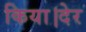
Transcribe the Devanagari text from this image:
किया।देर